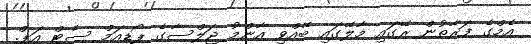
އެމްގެ ފަރާތުން ރޭގައި މާލޭގައި ބޭއްވި އާންމު ޖަލްސާގެ ޕޯޑިއަމް ސެޓް އަޕް.